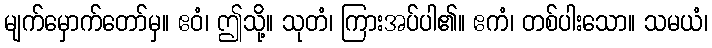
မျက်မှောက်တော်မှ။ ဧဝံ၊ ဤသို့။ သုတံ၊ ကြားအပ်ပါ၏။ ဧကံ၊ တစ်ပါးသော။ သမယံ၊